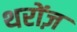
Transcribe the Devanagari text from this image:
थरोंज़